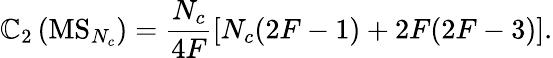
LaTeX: \mathbb{C}_{2}\left(\mathrm{{MS}}_{N_{c}}\right)=\frac{{N_{c}}}{{4F}}\left[N_{c}(2F-1)+2F(2F-3)\right].